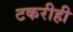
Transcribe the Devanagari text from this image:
टकरीही